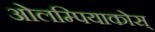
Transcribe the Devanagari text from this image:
ओलम्पियाकोस्